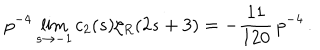
p ^ { - 4 } \lim _ { s \to - 1 } c _ { 2 } ( s ) \zeta _ { R } ( 2 s + 3 ) = - \frac { 1 1 } { 1 2 0 } \, p ^ { - 4 } \, .